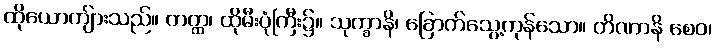
ထိုယောကျ်ားသည်။ တတ္ထ၊ ထိုမီးပုံကြီး၌။ သုက္ခာနိ၊ ခြောက်သွေ့ကုန်သော။ တိဏာနိ စေဝ၊